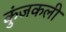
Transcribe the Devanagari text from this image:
कुंजकली